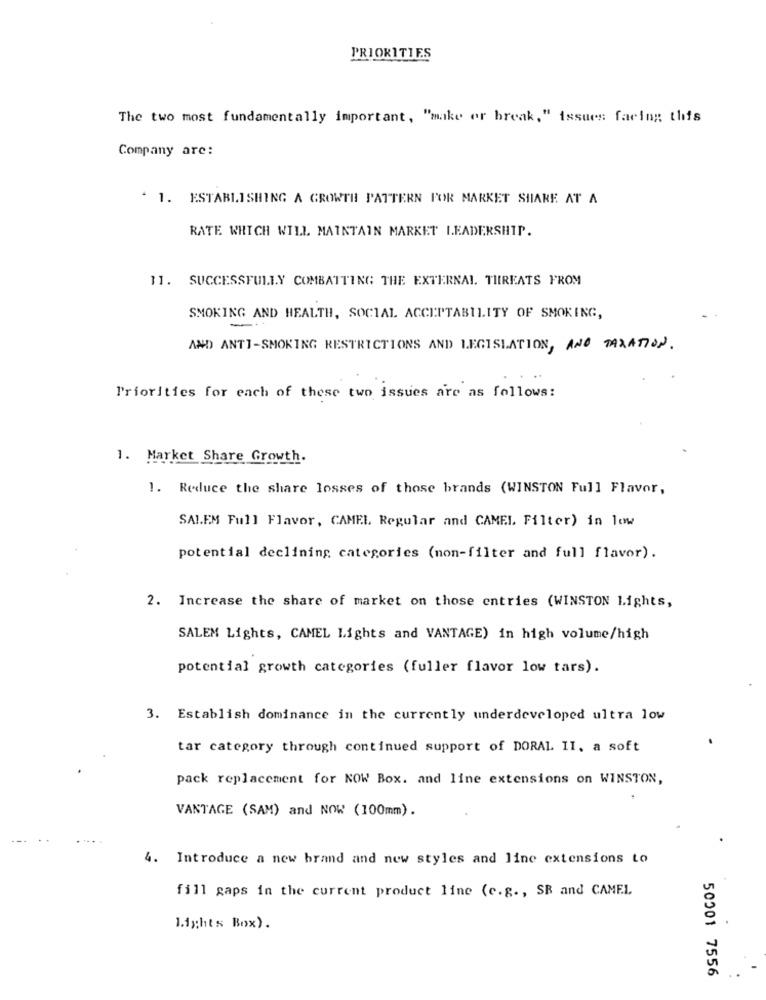
PRIORITIES
The two most fundamentally important, "make or break," issues facing: this
Company are:
1. ESTABLISHING A GROWTH PATTERN FOR MARKET SHARE AT A
RATE WHICH WILL MAINTAIN MARKET LEADERSHIP.
11. SUCCESSFULLY COMBATTING THE EXTERNAL THREATS FROM
SMOKING AND HEALTH, SOCIAL ACCEPTABILITY OF SMOKING,
-
AND ANTI-SMOKING RESTRICTIONS AND LEGISLATION, AND TAXATION .
Priorities for each of these two issues are as follows:
1. Market Share Growth.
1. Reduce the share losses of those brands (WINSTON Full Flavor,
SALEM Full Flavor, CAMEL Regular and CAMEL Filter) in low
potential declining categories (non-filter and full flavor).
2. Increase the share of market on those entries (WINSTON Lights,
SALEM Lights, CAMEL Lights and VANTAGE) in high volume/high
potential growth categories (fuller flavor low tars).
3. Establish dominance in the currently underdeveloped ultra low
tar category through continued support of DORAL II, a soft
pack replacement for NOW Box. and line extensions on WINSTON,
VANTAGE (SAM) and NOW (100mm).
4. Introduce a new brand and new styles and line extensions to
fill gaps in the current product line (c.g ., SB and CAMEL
1.ights Box).
50001 7556